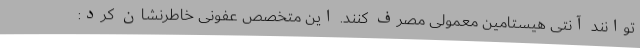
توانند آنتی هیستامین معمولی مصرف کنند. این متخصص عفونی خاطرنشان کرد: